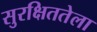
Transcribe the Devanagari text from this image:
सुरक्षिततेला